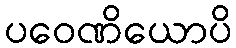
ပဝေဏိယောပိ